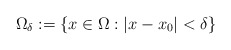
\begin{align*}\Omega_\delta := \{x \in \Omega: |x - x_0| < \delta\}\end{align*}